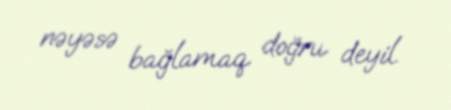
nəyəsə bağlamaq doğru deyil.